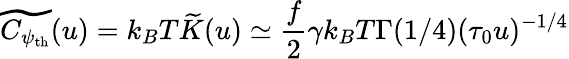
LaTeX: \widetilde{C_{\psi_{\mathrm{th}}}}(u)=k_{B}T\widetilde{K}(u)\simeq\frac{f}{2}\gamma k_{B}T\Gamma(1/4)(\tau_{0}u)^{-1/4}